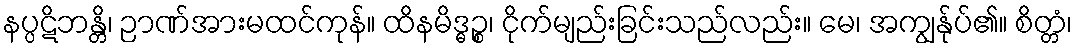
နပ္ပဋိဘန္တိ၊ ဉာဏ်အားမထင်ကုန်။ ထိနမိဒ္ဓဉ္စ၊ ငိုက်မျည်းခြင်းသည်လည်း။ မေ၊ အကျွန်ုပ်၏။ စိတ္တံ၊